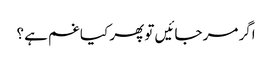
اگر مر جائیں تو پھر کیا غم ہے ؟